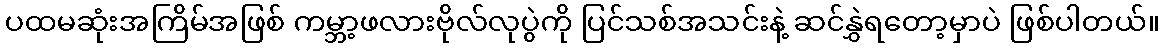
ပထမဆုံးအကြိမ်အဖြစ် ကမ္ဘာ့ဖလားဗိုလ်လုပွဲကို ပြင်သစ်အသင်းနဲ့ ဆင်နွှဲရတော့မှာပဲ ဖြစ်ပါတယ်။